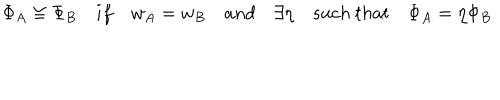
LaTeX: \Phi _ { A } \cong \Phi _ { B } \quad i f \quad w _ { A } = w _ { B } \quad a n d \quad \exists \eta \quad s u c h \ t h a t \quad \Phi _ { A } = \eta \Phi _ { B }